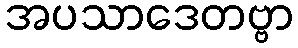
အပသာဒေတဗ္ဗာ